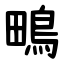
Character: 鴫